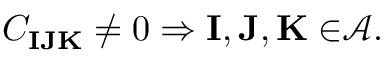
C _ { \mathbf { I J K } } \neq 0 \Rightarrow \mathbf { I , J , K \in } \mathcal { A } .